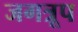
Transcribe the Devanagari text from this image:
जगत्रूप